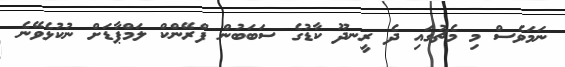
ނަމަވެސް މި މެޗުގައި ދެ ރީނދޫ ކާޑުގެ ސަބަބުން ފްރޭންކް ލަމްޕާޑަށް ނުކުޅެވޭނެ